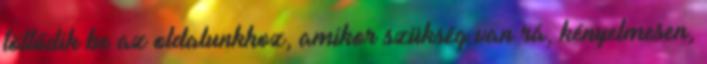
töltődik be az oldalunkhoz, amikor szükség van rá, kényelmesen,